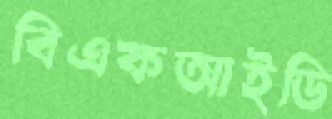
বিএফআইডি